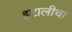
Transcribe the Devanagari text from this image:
इटालीचा